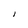
Character: I